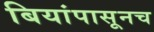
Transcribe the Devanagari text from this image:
बियांपासूनच